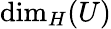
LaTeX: \dim_{H}(U)